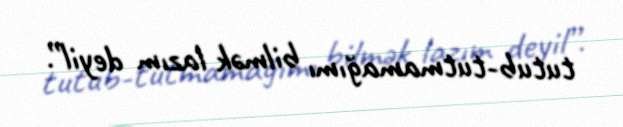
tutub-tutmamağımı bilmək lazım deyil”.